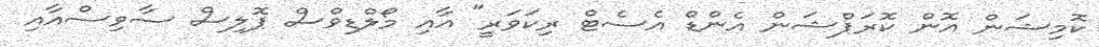
ކޮމިޝަން އޮން ކޮރަޕްޝަން އެންޑް އެސެޓް ރިކަވަރީ" އާއި މޯލްޑިވްސް ޕޮލިސް ސާވިސްއާއި